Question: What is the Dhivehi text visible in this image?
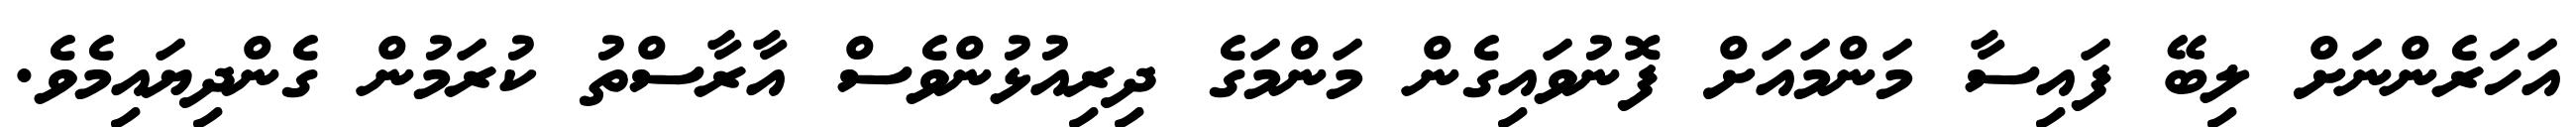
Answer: އަހަރެންނަށް ލިބޭ ފައިސާ މަންމައަށް ފޮނުވައިގެން މަންމަގެ ދިރިއުޅުންވެސް އާރާސްތު ކުރަމުން ގެންދިޔައިމެވެ.